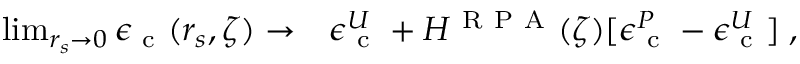
\begin{array} { r l } { \operatorname* { l i m } _ { r _ { s } \to 0 } \epsilon _ { \mathrm { ~ c ~ } } ( r _ { s } , \zeta ) \to } & { { } \epsilon _ { \mathrm { ~ c ~ } } ^ { U } + H ^ { \mathrm { ~ R ~ P ~ A ~ } } ( \zeta ) [ \epsilon _ { \mathrm { ~ c ~ } } ^ { P } - \epsilon _ { \mathrm { ~ c ~ } } ^ { U } ] \; , } \end{array}